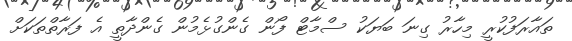
ތައާރަފުކުރީ މިހާރު ގިނަ ބަޔަކު ސްމާޓް ފޯން ގެންގުޅެމުން ގެންދާތީ އެ ފަރާތްތަކަށް